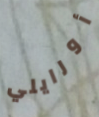
أورايلي